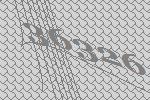
36326